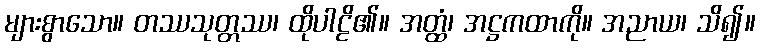
များစွာသော။ တဿသုတ္တဿ၊ ထိုပါဠိ၏။ အတ္ထံ၊ အဋ္ဌကထာကို။ အညာယ၊ သိ၍။